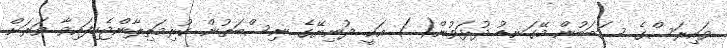
ވައިރަސްގެ ސަބަބުން މޭގަނޑު ދުޅަވުން( ) އަކީ ދުނިޔޭގެ ނިސްބަތުން ކުރިމަތިލާންޖެހިފައިވާ ވަރަށް